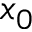
x _ { 0 }